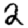
Digit: 2